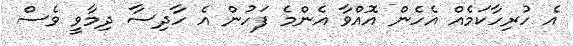
އެ ހުރިހާކަމެއް އެހެން އޮއްވާ އެންމެ ފަހުން އެ ހާދިސާ ދިމާވީ ވެސް